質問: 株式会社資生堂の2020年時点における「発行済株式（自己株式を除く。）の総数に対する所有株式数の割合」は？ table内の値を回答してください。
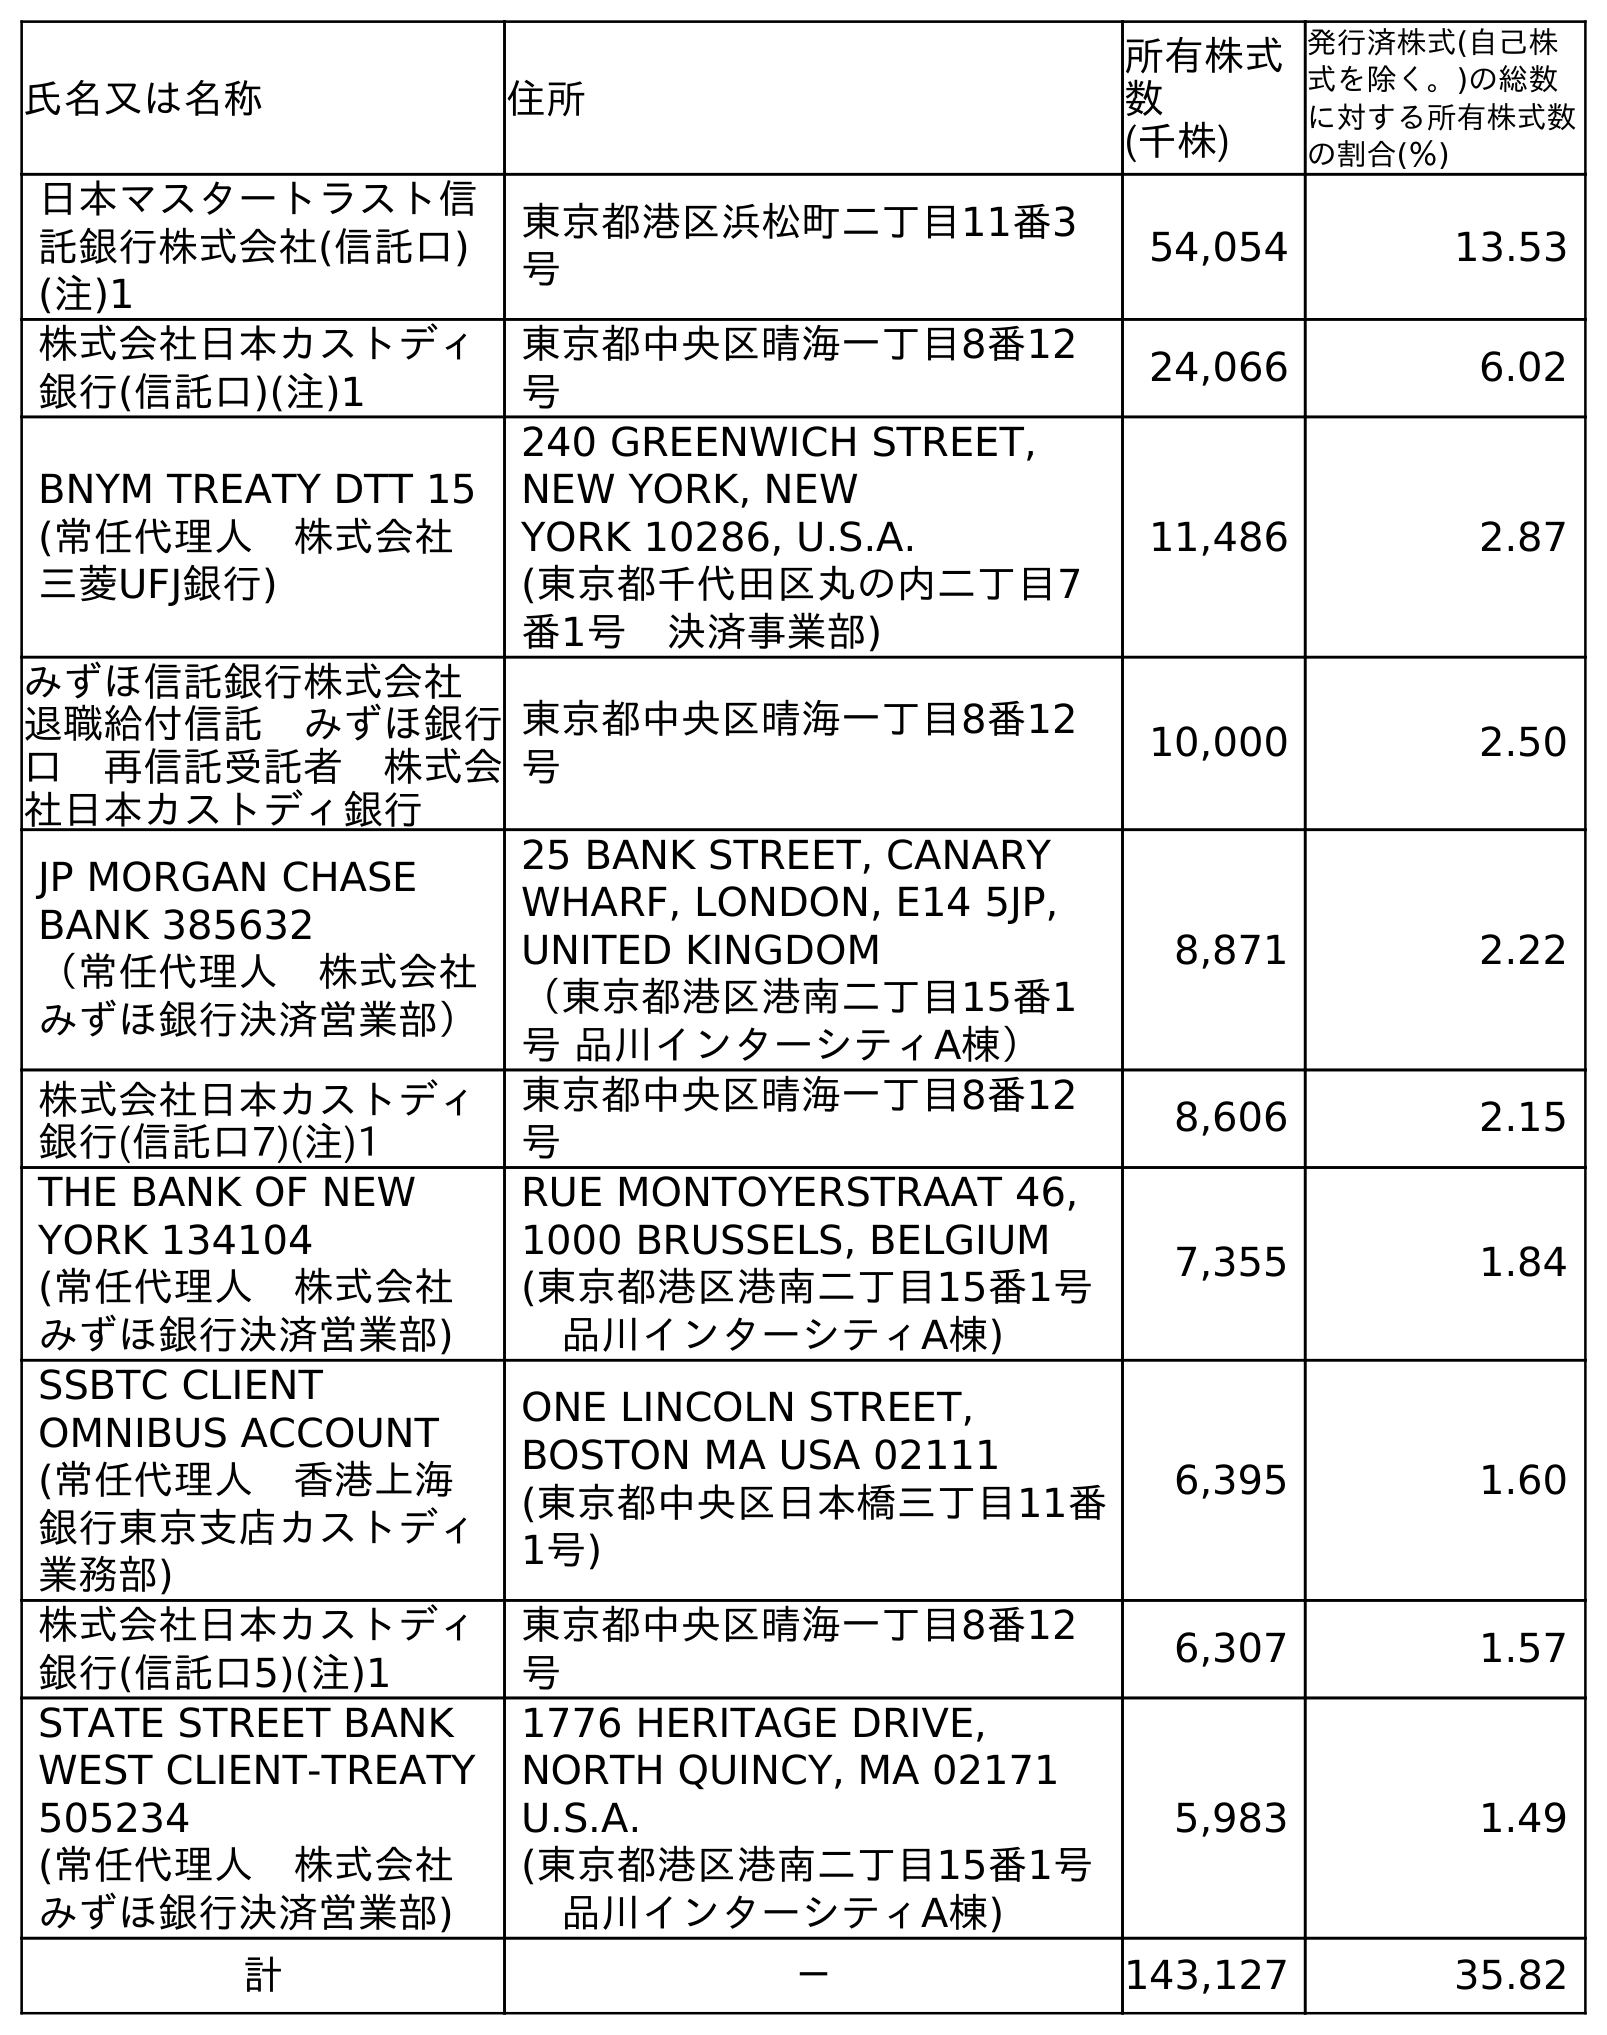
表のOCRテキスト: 氏名又は名称 住所 所有株式 数 (千株) 発行済株式(自己株 式を除く。)の総数 に対する所有株式数 の割合(％) 日本マスタートラスト信 託銀行株式会社(信託口) (注)1 東京都港区浜松町二丁目11番3 号 54,054 13.53 株式会社日本カストディ 銀行(信託口)(注)1 東京都中央区晴海一丁目8番12 号 24,066 6.02 BNYM TREATY DTT 15 (常任代理人 株式会社 三菱UFJ銀行) 240 GREENWICH STREET, NEW YORK, NEW YORK 10286, U.S.A. (東京都千代田区丸の内二丁目7 番1号 決済事業部) 11,486 2.87 みずほ信託銀行株式会社  退職給付信託 みずほ銀行 口 再信託受託者 株式会 社日本カストディ銀行 東京都中央区晴海一丁目8番12 号 10,000 2.50 JP MORGAN CHASE BANK 385632 （常任代理人 株式会社 みずほ銀行決済営業部） 25 BANK STREET, CANARY WHARF, LONDON, E14 5JP, UNITED KINGDOM （東京都港区港南二丁目15番1 号 品川インターシティA棟） 8,871 2.22 株式会社日本カストディ 銀行(信託口7)(注)1 東京都中央区晴海一丁目8番12 号 8,606 2.15 THE BANK OF NEW YORK 134104 (常任代理人 株式会社 みずほ銀行決済営業部) RUE MONTOYERSTRAAT 46, 1000 BRUSSELS, BELGIUM (東京都港区港南二丁目15番1号  品川インターシティA棟) 7,355 1.84 SSBTC CLIENT OMNIBUS ACCOUNT (常任代理人 香港上海 銀行東京支店カストディ 業務部) ONE LINCOLN STREET, BOSTON MA USA 02111 (東京都中央区日本橋三丁目11番 1号) 6,395 1.60 株式会社日本カストディ 銀行(信託口5)(注)1 東京都中央区晴海一丁目8番12 号 6,307 1.57 STATE STREET BANK WEST CLIENT-TREATY 505234 (常任代理人 株式会社 みずほ銀行決済営業部) 1776 HERITAGE DRIVE, NORTH QUINCY, MA 02171 U.S.A. (東京都港区港南二丁目15番1号  品川インターシティA棟) 5,983 1.49 計 － 143,127 35.82
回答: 35.82